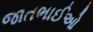
જાતભાઈઓ